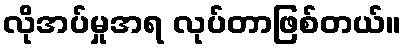
လိုအပ်မှုအရ လုပ်တာဖြစ်တယ်။